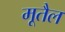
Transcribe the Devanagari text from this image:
मूतैल